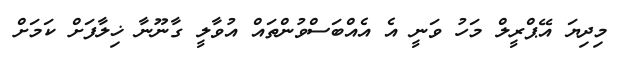
މިދިޔަ އޭޕްރީލް މަހު ވަނީ އެ އެއްބަސްވުންތައް އުވާލީ ގާނޫނާ ޚިލާފަށް ކަމަށް